Materia medica of Madras volume I
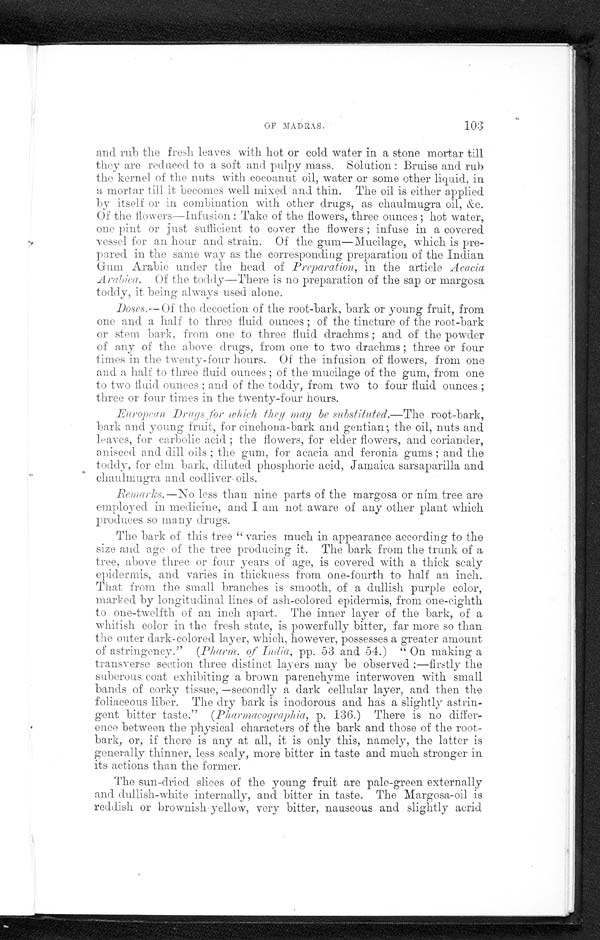
OF MADRAS.
103
and rub the fresh leaves with hot or cold. water in a stone mortar till
they are reduced to a soft and pulpy mass. Solution: Bruise and rub
the kernel of the nuts with cocoanut oil, water or some other liquid, in
a mortar till it becomes well mixed and thin. The oil is either applied
by itself or in combination with other drugs, as chaulmugra oil, h&c.
Of the flowers—Infusion: Take of the flowers, three ounces; hot water,
one pint or just sufficient to cover the flowers; infuse in a covered
vessel for an hour and strain. Of the gum—Mucilage, which is pre-
pared in the same way as the corresponding preparation of the Indian
Gum Arabic under the head of Preparation, in the article Acacia
Arabic. Of the toddy—There is no preparation of the sap or margosa
toddy, it being always used alone.
Doses.—Of the decoction of the root-bark, bark or young fruit, from
one and a half to three fluid. ounces; of the tincture of the root-bark
or stem bark, from one to three fluid drachms; and of the powder
of any of the above drugs, from one to two drachms; three or four
times in the twenty-four hours. Of the infusion of flowers, from one
and a half to three fluid ounces; of the mucilage of the gum, from one
to two fluid ounces; and of the toddy, from two to four fluid ounces;
three or four times in the twenty-four hours.
European Drugs for which they may be substituted.—The root-bark,
hark and young fruit, for cinchona-bark and gentian; the oil, nuts and
leaves, four carbolie acid; the flowers, for elder flowers, and coriander,
aniseed and dill oils; the ppm, tie acacia and feronia gums; and the
toddy, for elm lark, diluted phosphoric acid, Jamaica sarsaparilla and
chaulmugra and codliver oils.
Remarks—No less than nine parts of the margosa or nm tree are
employed in medicine, and I am not aware of any other plant which
produces so many drugs.
The bark of this tree " varies much in appearance according to the
size and age of the tree producing it. The bark from the trunk of a
tree, above three or four years of age, is covered with a thick scaly
epidermis, and varies in thickness from one-fourth to half an inch.
That from the snout branches is smooth, of a dullish purple color,
marked by longitudinal lines of ash-colored epidermis, from one-eighth
to one-twelfth of an inch apart. The inner layer of the bark, of a
whitish color in the fresh state, is powerfully bitter, far more so than
the outer dark-colored layer, which, however, possesses a greater amount
of astringency." (Pharm of India pp. 53 and 54.) " On making a
transverse section three distinct layers may be observed:—firstly the
saberous coat exhibiting a brown parenchyma interwoven with small
bands of corky tissue, —secondly a dark cellular layer, ands then the
foliaceous liber. The dry bark is inociorous and has a slightly astrin-
gent bitter taste." (Pharmacographia, p. 136.) There is no differ-
ence between the physical characters of the bark and those of the root-
bark, or, if there is any at all, it is only this, namely, the latter is
generally thinner, less scaly, more bitter in taste and much stronger in
its actions than the former.
The sun-dried slices of the young fruit are pale-green externally
and dullish-white internally, and bitter in taste. The Margosa-oii is
reddish or brownish yellow, very bitter, nauseous and slightly acrid